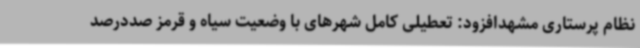
نظام پرستاری مشهدافزود: تعطیلی کامل شهرهای با وضعیت سیاه و قرمز صددرصد